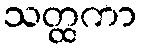
သတ္ထကာ